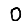
Digit: 0